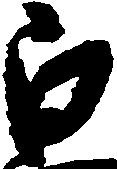
白